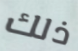
ذلك